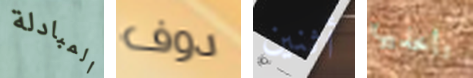
المبادلة دوف أثنين تأخذيها